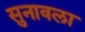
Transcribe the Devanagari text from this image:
सुनावला